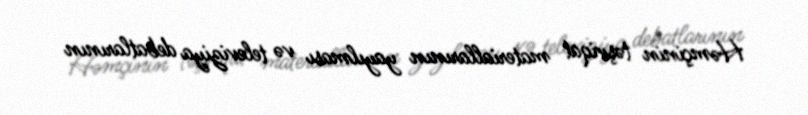
Həmçinin təşviqat materiallarının yayılması və televiziya debatlarının